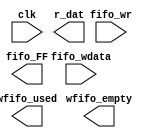
//Legal Notice: (C)2022 Altera Corporation. All rights reserved.  Your
//use of Altera Corporation's design tools, logic functions and other
//software and tools, and its AMPP partner logic functions, and any
//output files any of the foregoing (including device programming or
//simulation files), and any associated documentation or information are
//expressly subject to the terms and conditions of the Altera Program
//License Subscription Agreement or other applicable license agreement,
//including, without limitation, that your use is for the sole purpose
//of programming logic devices manufactured by Altera and sold by Altera
//or its authorized distributors.  Please refer to the applicable
//agreement for further details.

// synthesis translate_off
`timescale 1ns / 1ps
// synthesis translate_on

// turn off superfluous verilog processor warnings 
// altera message_level Level1 
// altera message_off 10034 10035 10036 10037 10230 10240 10030 

module final_soc_jtag_uart_0_sim_scfifo_w (
                                            // inputs:
                                             clk,
                                             fifo_wdata,
                                             fifo_wr,

                                            // outputs:
                                             fifo_FF,
                                             r_dat,
                                             wfifo_empty,
                                             wfifo_used
                                          )
;

  output           fifo_FF;
  output  [  7: 0] r_dat;
  output           wfifo_empty;
  output  [  5: 0] wfifo_used;
  input            clk;
  input   [  7: 0] fifo_wdata;
  input            fifo_wr;


wire             fifo_FF;
wire    [  7: 0] r_dat;
wire             wfifo_empty;
wire    [  5: 0] wfifo_used;

//synthesis translate_off
//////////////// SIMULATION-ONLY CONTENTS
  always @(posedge clk)
    begin
      if (fifo_wr)
          $write("%c", fifo_wdata);
    end


  assign wfifo_used = {6{1'b0}};
  assign r_dat = {8{1'b0}};
  assign fifo_FF = 1'b0;
  assign wfifo_empty = 1'b1;

//////////////// END SIMULATION-ONLY CONTENTS

//synthesis translate_on

endmodule


// synthesis translate_off
`timescale 1ns / 1ps
// synthesis translate_on

// turn off superfluous verilog processor warnings 
// altera message_level Level1 
// altera message_off 10034 10035 10036 10037 10230 10240 10030 

module final_soc_jtag_uart_0_scfifo_w (
                                        // inputs:
                                         clk,
                                         fifo_clear,
                                         fifo_wdata,
                                         fifo_wr,
                                         rd_wfifo,

                                        // outputs:
                                         fifo_FF,
                                         r_dat,
                                         wfifo_empty,
                                         wfifo_used
                                      )
;

  output           fifo_FF;
  output  [  7: 0] r_dat;
  output           wfifo_empty;
  output  [  5: 0] wfifo_used;
  input            clk;
  input            fifo_clear;
  input   [  7: 0] fifo_wdata;
  input            fifo_wr;
  input            rd_wfifo;


wire             fifo_FF;
wire    [  7: 0] r_dat;
wire             wfifo_empty;
wire    [  5: 0] wfifo_used;

//synthesis translate_off
//////////////// SIMULATION-ONLY CONTENTS
  final_soc_jtag_uart_0_sim_scfifo_w the_final_soc_jtag_uart_0_sim_scfifo_w
    (
      .clk         (clk),
      .fifo_FF     (fifo_FF),
      .fifo_wdata  (fifo_wdata),
      .fifo_wr     (fifo_wr),
      .r_dat       (r_dat),
      .wfifo_empty (wfifo_empty),
      .wfifo_used  (wfifo_used)
    );


//////////////// END SIMULATION-ONLY CONTENTS

//synthesis translate_on
//synthesis read_comments_as_HDL on
//  scfifo wfifo
//    (
//      .aclr (fifo_clear),
//      .clock (clk),
//      .data (fifo_wdata),
//      .empty (wfifo_empty),
//      .full (fifo_FF),
//      .q (r_dat),
//      .rdreq (rd_wfifo),
//      .usedw (wfifo_used),
//      .wrreq (fifo_wr)
//    );
//
//  defparam wfifo.lpm_hint = "RAM_BLOCK_TYPE=AUTO",
//           wfifo.lpm_numwords = 64,
//           wfifo.lpm_showahead = "OFF",
//           wfifo.lpm_type = "scfifo",
//           wfifo.lpm_width = 8,
//           wfifo.lpm_widthu = 6,
//           wfifo.overflow_checking = "OFF",
//           wfifo.underflow_checking = "OFF",
//           wfifo.use_eab = "ON";
//
//synthesis read_comments_as_HDL off

endmodule


// synthesis translate_off
`timescale 1ns / 1ps
// synthesis translate_on

// turn off superfluous verilog processor warnings 
// altera message_level Level1 
// altera message_off 10034 10035 10036 10037 10230 10240 10030 

module final_soc_jtag_uart_0_sim_scfifo_r (
                                            // inputs:
                                             clk,
                                             fifo_rd,
                                             rst_n,

                                            // outputs:
                                             fifo_EF,
                                             fifo_rdata,
                                             rfifo_full,
                                             rfifo_used
                                          )
;

  output           fifo_EF;
  output  [  7: 0] fifo_rdata;
  output           rfifo_full;
  output  [  5: 0] rfifo_used;
  input            clk;
  input            fifo_rd;
  input            rst_n;


reg     [ 31: 0] bytes_left;
wire             fifo_EF;
reg              fifo_rd_d;
wire    [  7: 0] fifo_rdata;
wire             new_rom;
wire    [ 31: 0] num_bytes;
wire    [  6: 0] rfifo_entries;
wire             rfifo_full;
wire    [  5: 0] rfifo_used;

//synthesis translate_off
//////////////// SIMULATION-ONLY CONTENTS
  // Generate rfifo_entries for simulation
  always @(posedge clk or negedge rst_n)
    begin
      if (rst_n == 0)
        begin
          bytes_left <= 32'h0;
          fifo_rd_d <= 1'b0;
        end
      else 
        begin
          fifo_rd_d <= fifo_rd;
          // decrement on read
          if (fifo_rd_d)
              bytes_left <= bytes_left - 1'b1;
          // catch new contents
          if (new_rom)
              bytes_left <= num_bytes;
        end
    end


  assign fifo_EF = bytes_left == 32'b0;
  assign rfifo_full = bytes_left > 7'h40;
  assign rfifo_entries = (rfifo_full) ? 7'h40 : bytes_left;
  assign rfifo_used = rfifo_entries[5 : 0];
  assign new_rom = 1'b0;
  assign num_bytes = 32'b0;
  assign fifo_rdata = 8'b0;

//////////////// END SIMULATION-ONLY CONTENTS

//synthesis translate_on

endmodule


// synthesis translate_off
`timescale 1ns / 1ps
// synthesis translate_on

// turn off superfluous verilog processor warnings 
// altera message_level Level1 
// altera message_off 10034 10035 10036 10037 10230 10240 10030 

module final_soc_jtag_uart_0_scfifo_r (
                                        // inputs:
                                         clk,
                                         fifo_clear,
                                         fifo_rd,
                                         rst_n,
                                         t_dat,
                                         wr_rfifo,

                                        // outputs:
                                         fifo_EF,
                                         fifo_rdata,
                                         rfifo_full,
                                         rfifo_used
                                      )
;

  output           fifo_EF;
  output  [  7: 0] fifo_rdata;
  output           rfifo_full;
  output  [  5: 0] rfifo_used;
  input            clk;
  input            fifo_clear;
  input            fifo_rd;
  input            rst_n;
  input   [  7: 0] t_dat;
  input            wr_rfifo;


wire             fifo_EF;
wire    [  7: 0] fifo_rdata;
wire             rfifo_full;
wire    [  5: 0] rfifo_used;

//synthesis translate_off
//////////////// SIMULATION-ONLY CONTENTS
  final_soc_jtag_uart_0_sim_scfifo_r the_final_soc_jtag_uart_0_sim_scfifo_r
    (
      .clk        (clk),
      .fifo_EF    (fifo_EF),
      .fifo_rd    (fifo_rd),
      .fifo_rdata (fifo_rdata),
      .rfifo_full (rfifo_full),
      .rfifo_used (rfifo_used),
      .rst_n      (rst_n)
    );


//////////////// END SIMULATION-ONLY CONTENTS

//synthesis translate_on
//synthesis read_comments_as_HDL on
//  scfifo rfifo
//    (
//      .aclr (fifo_clear),
//      .clock (clk),
//      .data (t_dat),
//      .empty (fifo_EF),
//      .full (rfifo_full),
//      .q (fifo_rdata),
//      .rdreq (fifo_rd),
//      .usedw (rfifo_used),
//      .wrreq (wr_rfifo)
//    );
//
//  defparam rfifo.lpm_hint = "RAM_BLOCK_TYPE=AUTO",
//           rfifo.lpm_numwords = 64,
//           rfifo.lpm_showahead = "OFF",
//           rfifo.lpm_type = "scfifo",
//           rfifo.lpm_width = 8,
//           rfifo.lpm_widthu = 6,
//           rfifo.overflow_checking = "OFF",
//           rfifo.underflow_checking = "OFF",
//           rfifo.use_eab = "ON";
//
//synthesis read_comments_as_HDL off

endmodule


// synthesis translate_off
`timescale 1ns / 1ps
// synthesis translate_on

// turn off superfluous verilog processor warnings 
// altera message_level Level1 
// altera message_off 10034 10035 10036 10037 10230 10240 10030 

module final_soc_jtag_uart_0 (
                               // inputs:
                                av_address,
                                av_chipselect,
                                av_read_n,
                                av_write_n,
                                av_writedata,
                                clk,
                                rst_n,

                               // outputs:
                                av_irq,
                                av_readdata,
                                av_waitrequest,
                                dataavailable,
                                readyfordata
                             )
  /* synthesis ALTERA_ATTRIBUTE = "SUPPRESS_DA_RULE_INTERNAL=\"R101,C106,D101,D103\"" */ ;

  output           av_irq;
  output  [ 31: 0] av_readdata;
  output           av_waitrequest;
  output           dataavailable;
  output           readyfordata;
  input            av_address;
  input            av_chipselect;
  input            av_read_n;
  input            av_write_n;
  input   [ 31: 0] av_writedata;
  input            clk;
  input            rst_n;


reg              ac;
wire             activity;
wire             av_irq;
wire    [ 31: 0] av_readdata;
reg              av_waitrequest;
reg              dataavailable;
reg              fifo_AE;
reg              fifo_AF;
wire             fifo_EF;
wire             fifo_FF;
wire             fifo_clear;
wire             fifo_rd;
wire    [  7: 0] fifo_rdata;
wire    [  7: 0] fifo_wdata;
reg              fifo_wr;
reg              ien_AE;
reg              ien_AF;
wire             ipen_AE;
wire             ipen_AF;
reg              pause_irq;
wire    [  7: 0] r_dat;
wire             r_ena;
reg              r_val;
wire             rd_wfifo;
reg              read_0;
reg              readyfordata;
wire             rfifo_full;
wire    [  5: 0] rfifo_used;
reg              rvalid;
reg              sim_r_ena;
reg              sim_t_dat;
reg              sim_t_ena;
reg              sim_t_pause;
wire    [  7: 0] t_dat;
reg              t_dav;
wire             t_ena;
wire             t_pause;
wire             wfifo_empty;
wire    [  5: 0] wfifo_used;
reg              woverflow;
wire             wr_rfifo;
  //avalon_jtag_slave, which is an e_avalon_slave
  assign rd_wfifo = r_ena & ~wfifo_empty;
  assign wr_rfifo = t_ena & ~rfifo_full;
  assign fifo_clear = ~rst_n;
  final_soc_jtag_uart_0_scfifo_w the_final_soc_jtag_uart_0_scfifo_w
    (
      .clk         (clk),
      .fifo_FF     (fifo_FF),
      .fifo_clear  (fifo_clear),
      .fifo_wdata  (fifo_wdata),
      .fifo_wr     (fifo_wr),
      .r_dat       (r_dat),
      .rd_wfifo    (rd_wfifo),
      .wfifo_empty (wfifo_empty),
      .wfifo_used  (wfifo_used)
    );

  final_soc_jtag_uart_0_scfifo_r the_final_soc_jtag_uart_0_scfifo_r
    (
      .clk        (clk),
      .fifo_EF    (fifo_EF),
      .fifo_clear (fifo_clear),
      .fifo_rd    (fifo_rd),
      .fifo_rdata (fifo_rdata),
      .rfifo_full (rfifo_full),
      .rfifo_used (rfifo_used),
      .rst_n      (rst_n),
      .t_dat      (t_dat),
      .wr_rfifo   (wr_rfifo)
    );

  assign ipen_AE = ien_AE & fifo_AE;
  assign ipen_AF = ien_AF & (pause_irq | fifo_AF);
  assign av_irq = ipen_AE | ipen_AF;
  assign activity = t_pause | t_ena;
  always @(posedge clk or negedge rst_n)
    begin
      if (rst_n == 0)
          pause_irq <= 1'b0;
      else // only if fifo is not empty...
      if (t_pause & ~fifo_EF)
          pause_irq <= 1'b1;
      else if (read_0)
          pause_irq <= 1'b0;
    end


  always @(posedge clk or negedge rst_n)
    begin
      if (rst_n == 0)
        begin
          r_val <= 1'b0;
          t_dav <= 1'b1;
        end
      else 
        begin
          r_val <= r_ena & ~wfifo_empty;
          t_dav <= ~rfifo_full;
        end
    end


  always @(posedge clk or negedge rst_n)
    begin
      if (rst_n == 0)
        begin
          fifo_AE <= 1'b0;
          fifo_AF <= 1'b0;
          fifo_wr <= 1'b0;
          rvalid <= 1'b0;
          read_0 <= 1'b0;
          ien_AE <= 1'b0;
          ien_AF <= 1'b0;
          ac <= 1'b0;
          woverflow <= 1'b0;
          av_waitrequest <= 1'b1;
        end
      else 
        begin
          fifo_AE <= {fifo_FF,wfifo_used} <= 8;
          fifo_AF <= (7'h40 - {rfifo_full,rfifo_used}) <= 8;
          fifo_wr <= 1'b0;
          read_0 <= 1'b0;
          av_waitrequest <= ~(av_chipselect & (~av_write_n | ~av_read_n) & av_waitrequest);
          if (activity)
              ac <= 1'b1;
          // write
          if (av_chipselect & ~av_write_n & av_waitrequest)
              // addr 1 is control; addr 0 is data
              if (av_address)
                begin
                  ien_AF <= av_writedata[0];
                  ien_AE <= av_writedata[1];
                  if (av_writedata[10] & ~activity)
                      ac <= 1'b0;
                end
              else 
                begin
                  fifo_wr <= ~fifo_FF;
                  woverflow <= fifo_FF;
                end
          // read
          if (av_chipselect & ~av_read_n & av_waitrequest)
            begin
              // addr 1 is interrupt; addr 0 is data
              if (~av_address)
                  rvalid <= ~fifo_EF;
              read_0 <= ~av_address;
            end
        end
    end


  assign fifo_wdata = av_writedata[7 : 0];
  assign fifo_rd = (av_chipselect & ~av_read_n & av_waitrequest & ~av_address) ? ~fifo_EF : 1'b0;
  assign av_readdata = read_0 ? { {9{1'b0}},rfifo_full,rfifo_used,rvalid,woverflow,~fifo_FF,~fifo_EF,1'b0,ac,ipen_AE,ipen_AF,fifo_rdata } : { {9{1'b0}},(7'h40 - {fifo_FF,wfifo_used}),rvalid,woverflow,~fifo_FF,~fifo_EF,1'b0,ac,ipen_AE,ipen_AF,{6{1'b0}},ien_AE,ien_AF };
  always @(posedge clk or negedge rst_n)
    begin
      if (rst_n == 0)
          readyfordata <= 0;
      else 
        readyfordata <= ~fifo_FF;
    end



//synthesis translate_off
//////////////// SIMULATION-ONLY CONTENTS
  // Tie off Atlantic Interface signals not used for simulation
  always @(posedge clk)
    begin
      sim_t_pause <= 1'b0;
      sim_t_ena <= 1'b0;
      sim_t_dat <= t_dav ? r_dat : {8{r_val}};
      sim_r_ena <= 1'b0;
    end


  assign r_ena = sim_r_ena;
  assign t_ena = sim_t_ena;
  assign t_dat = sim_t_dat;
  assign t_pause = sim_t_pause;
  always @(fifo_EF)
    begin
      dataavailable = ~fifo_EF;
    end



//////////////// END SIMULATION-ONLY CONTENTS

//synthesis translate_on
//synthesis read_comments_as_HDL on
//  alt_jtag_atlantic final_soc_jtag_uart_0_alt_jtag_atlantic
//    (
//      .clk (clk),
//      .r_dat (r_dat),
//      .r_ena (r_ena),
//      .r_val (r_val),
//      .rst_n (rst_n),
//      .t_dat (t_dat),
//      .t_dav (t_dav),
//      .t_ena (t_ena),
//      .t_pause (t_pause)
//    );
//
//  defparam final_soc_jtag_uart_0_alt_jtag_atlantic.INSTANCE_ID = 0,
//           final_soc_jtag_uart_0_alt_jtag_atlantic.LOG2_RXFIFO_DEPTH = 6,
//           final_soc_jtag_uart_0_alt_jtag_atlantic.LOG2_TXFIFO_DEPTH = 6,
//           final_soc_jtag_uart_0_alt_jtag_atlantic.SLD_AUTO_INSTANCE_INDEX = "YES";
//
//  always @(posedge clk or negedge rst_n)
//    begin
//      if (rst_n == 0)
//          dataavailable <= 0;
//      else 
//        dataavailable <= ~fifo_EF;
//    end
//
//
//synthesis read_comments_as_HDL off

endmodule